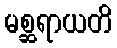
မစ္ဆရာယတိ